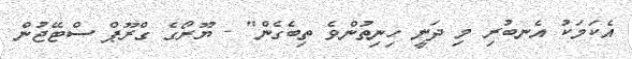
އެކަމަކު އެނބުރި މި ދަނީ ހިނިތުންވެ ތިބެގެން" - ޔޫރޯގެ ގްރޫޕް ސްޓޭޖުން